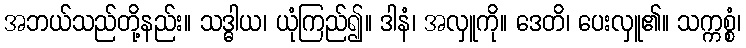
အဘယ်သည်တို့နည်း။ သဒ္ဓါယ၊ ယုံကြည်၍။ ဒါနံ၊ အလှူကို။ ဒေတိ၊ ပေးလှူ၏။ သက္ကစ္စံ၊